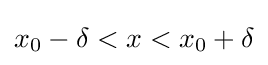
x_{0}-\delta <x<x_{0}+\delta